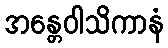
အန္တေဝါသိကာနံ